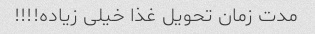
مدت زمان تحویل غذا خیلی زیاده!!!!